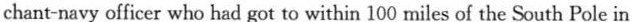
chant-navy officer who had got to within 100 miles of the South Pole in